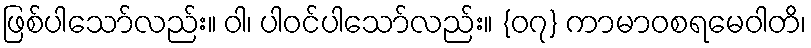
ဖြစ်ပါသော်လည်း။ ဝါ၊ ပါဝင်ပါသော်လည်း။ {၀၇} ကာမာဝစရမေဝါတိ၊